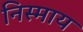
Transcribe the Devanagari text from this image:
निस्माय